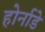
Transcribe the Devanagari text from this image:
होर्नाडे